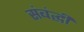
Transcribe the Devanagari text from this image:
संबंद्घी